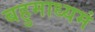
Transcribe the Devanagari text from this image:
बहुमाध्‍यमं